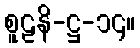
စူဠနိ-ဋ္ဌ-၁၄။